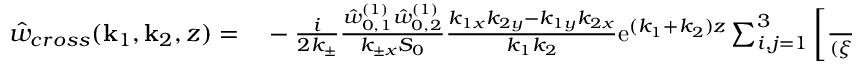
\begin{array} { r l } { \hat { w } _ { c r o s s } ( \mathbf { k } _ { 1 } , \mathbf { k } _ { 2 } , z ) = } & { { } - \frac { i } { 2 k _ { \pm } } \frac { \hat { w } _ { 0 , 1 } ^ { ( 1 ) } \hat { w } _ { 0 , 2 } ^ { ( 1 ) } } { k _ { \pm x } S _ { 0 } } \frac { k _ { 1 x } k _ { 2 y } - k _ { 1 y } k _ { 2 x } } { k _ { 1 } k _ { 2 } } \mathrm { e } ^ { ( k _ { 1 } + k _ { 2 } ) z } \sum _ { i , j = 1 } ^ { 3 } \left[ \frac { \pm b _ { i j } } { ( \xi _ { i } - z ) ^ { j - 1 } } \right. } \end{array}